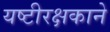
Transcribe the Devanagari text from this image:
यष्टीरक्षकाने